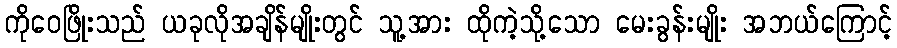
ကိုဝေဖြိုးသည် ယခုလိုအချိန်မျိုးတွင် သူ့အား ထိုကဲ့သို့သော မေးခွန်းမျိုး အဘယ်ကြောင့်